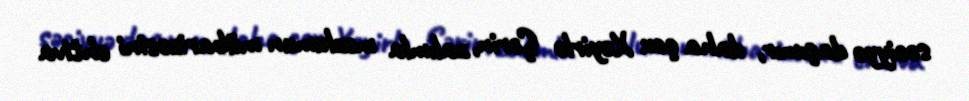
səciyyə daşımır, daha çox Xeyirlə Şərin, zalımla məzlumun mübarizəsini ehtiva